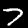
Label: 7